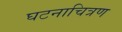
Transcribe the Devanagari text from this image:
घटनाचित्रण